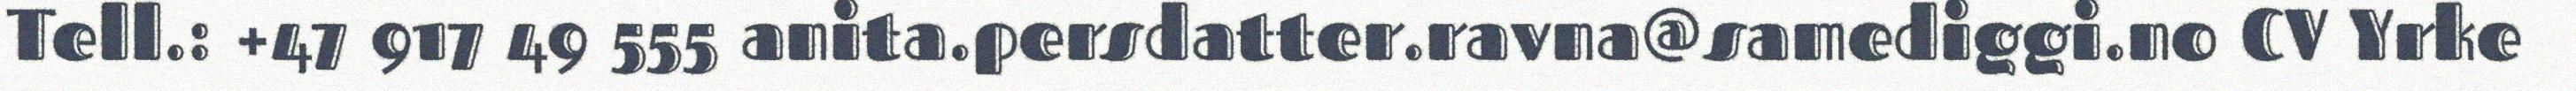
Tell.: +47 917 49 555 anita.persdatter.ravna@samediggi.no CV Yrke